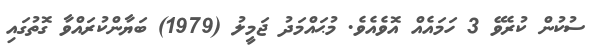
ސުކުން ކުރެވޭ 3 ހަމައެއް އޮވެއެވެ. މުޙައްމަދު ޖަމީލު (1979) ބަޔާންކުރައްވާ ގޮތުގައި